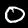
Digit: 0